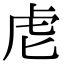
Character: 䖈